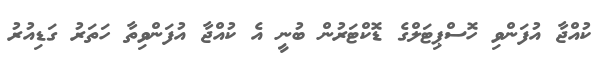
ކުއްޖާ އުފަންވި ހޮސްޕިޓަލްގެ ޑޮކްޓަރުން ބުނީ އެ ކުއްޖާ އުފަންވިތާ ހަތަރު ގަޑިއުރު